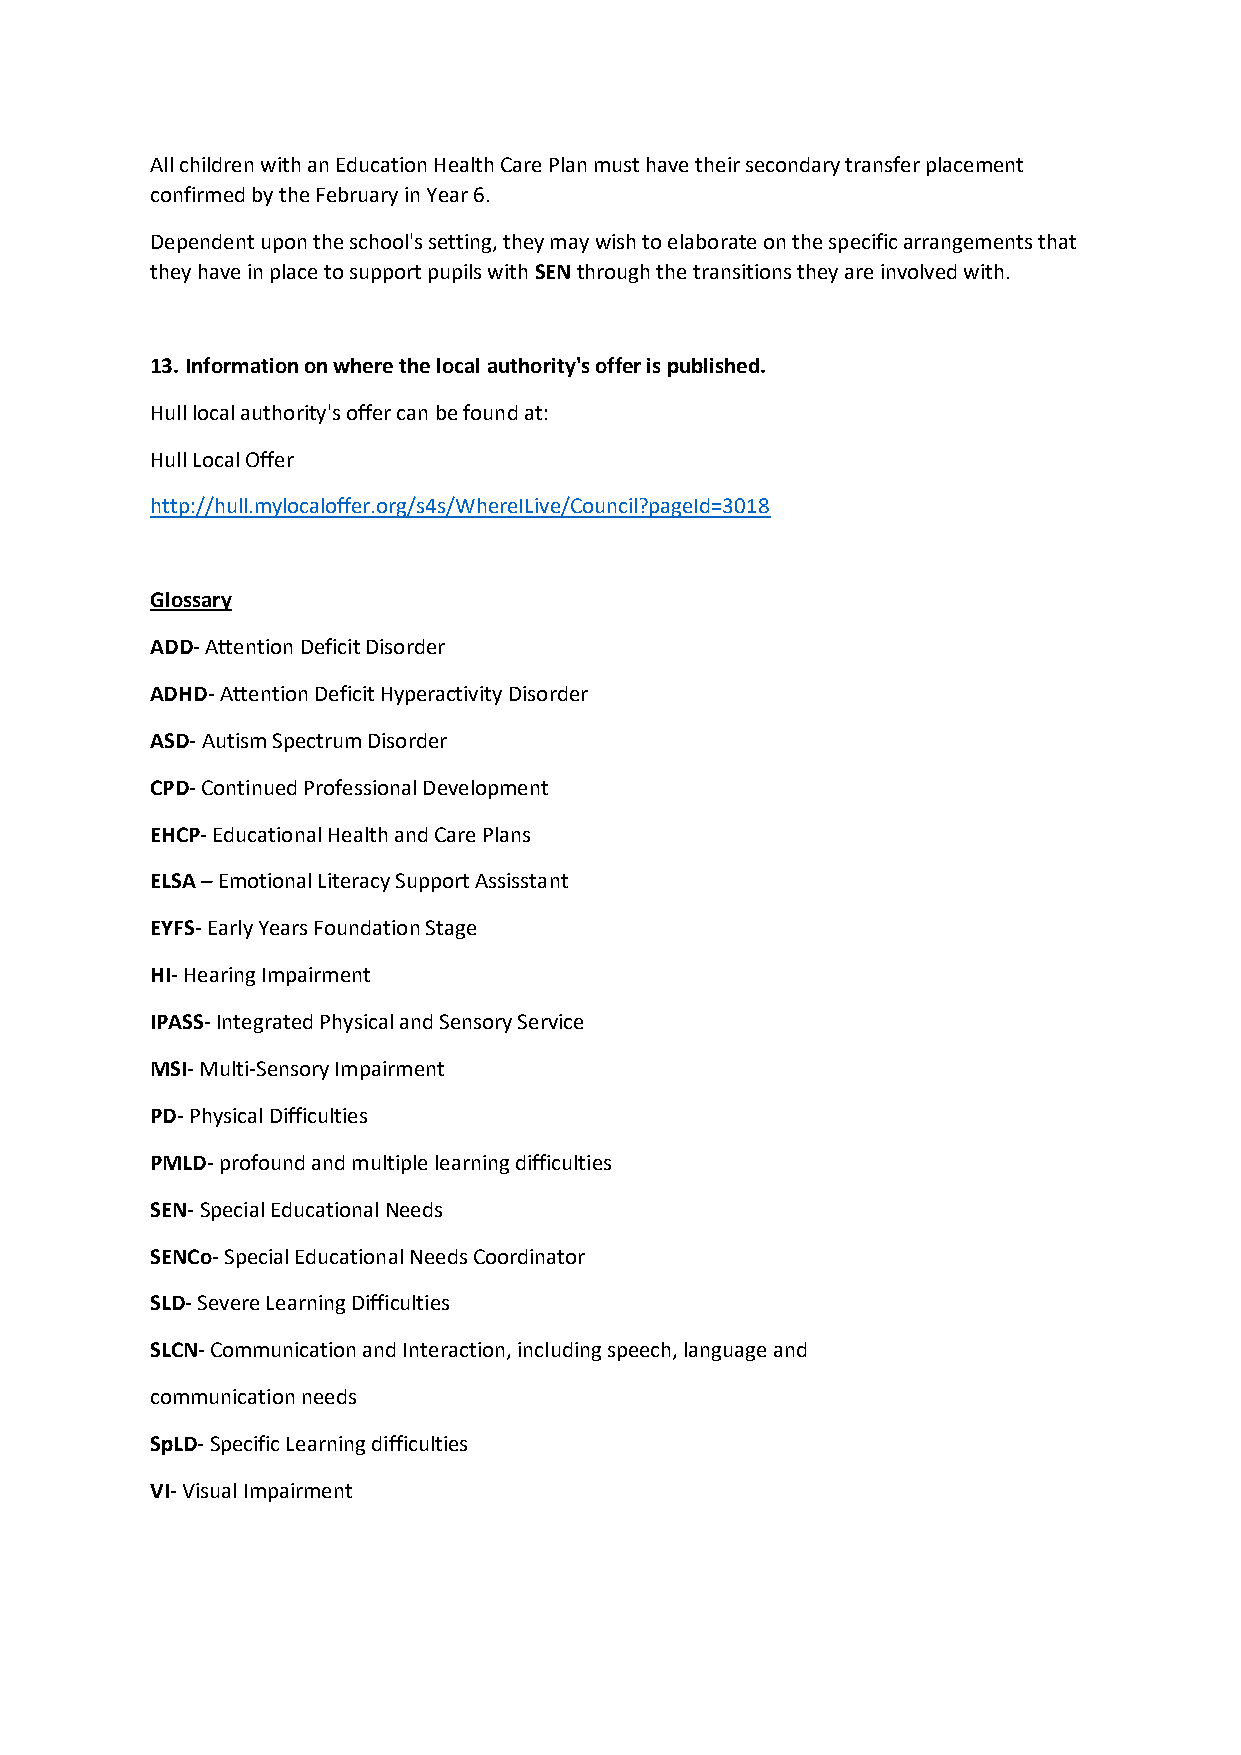
All children with an Education Health Care Plan must have their secondary transfer placement
 confirmed by the February in Year 6.
 Dependent upon the school's setting, they may wish to elaborate on the specific arrangements that
 they have in place to support pupils with SEN through the transitions they are involved with.
 13. Information on where the local authority's offer is published.
 Hull local authority's offer can be found at:
 Hull Local Offer
 http://hull.mylocaloffer.org/s4s/WhereILive/Council?pageId=3018
 Glossary
 ADD- Attention Deficit Disorder
 ADHD- Attention Deficit Hyperactivity Disorder
 ASD- Autism Spectrum Disorder
 CPD- Continued Professional Development
 EHCP- Educational Health and Care Plans
 ELSA – Emotional Literacy Support Assisstant
 EYFS- Early Years Foundation Stage
 HI- Hearing Impairment
 IPASS- Integrated Physical and Sensory Service
 MSI- Multi-Sensory Impairment
 PD- Physical Difficulties
 PMLD- profound and multiple learning difficulties
 SEN- Special Educational Needs
 SENCo- Special Educational Needs Coordinator
 SLD- Severe Learning Difficulties
 SLCN- Communication and Interaction, including speech, language and
 communication needs
 SpLD- Specific Learning difficulties
 VI- Visual Impairment